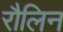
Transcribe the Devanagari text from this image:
रौलिन